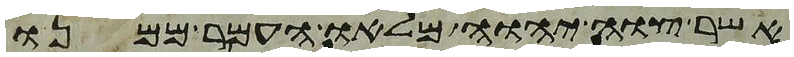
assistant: אשר צוה יהוה מלאו העמר ממנו